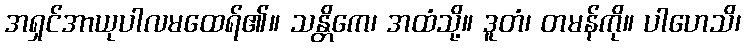
အရှင်အာယုပါလမထေရ်၏။ သန္တိကေ၊ အထံသို့။ ဒူတံ၊ တမန်ကို။ ပါဟေသိ၊